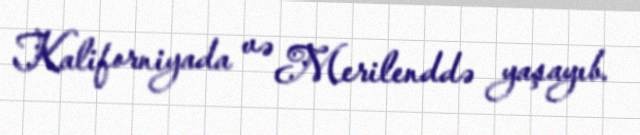
Kaliforniyada və Merilenddə yaşayıb.